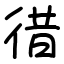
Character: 徣